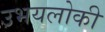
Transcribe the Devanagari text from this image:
उभयलोकी